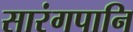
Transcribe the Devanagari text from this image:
सारंगपानि